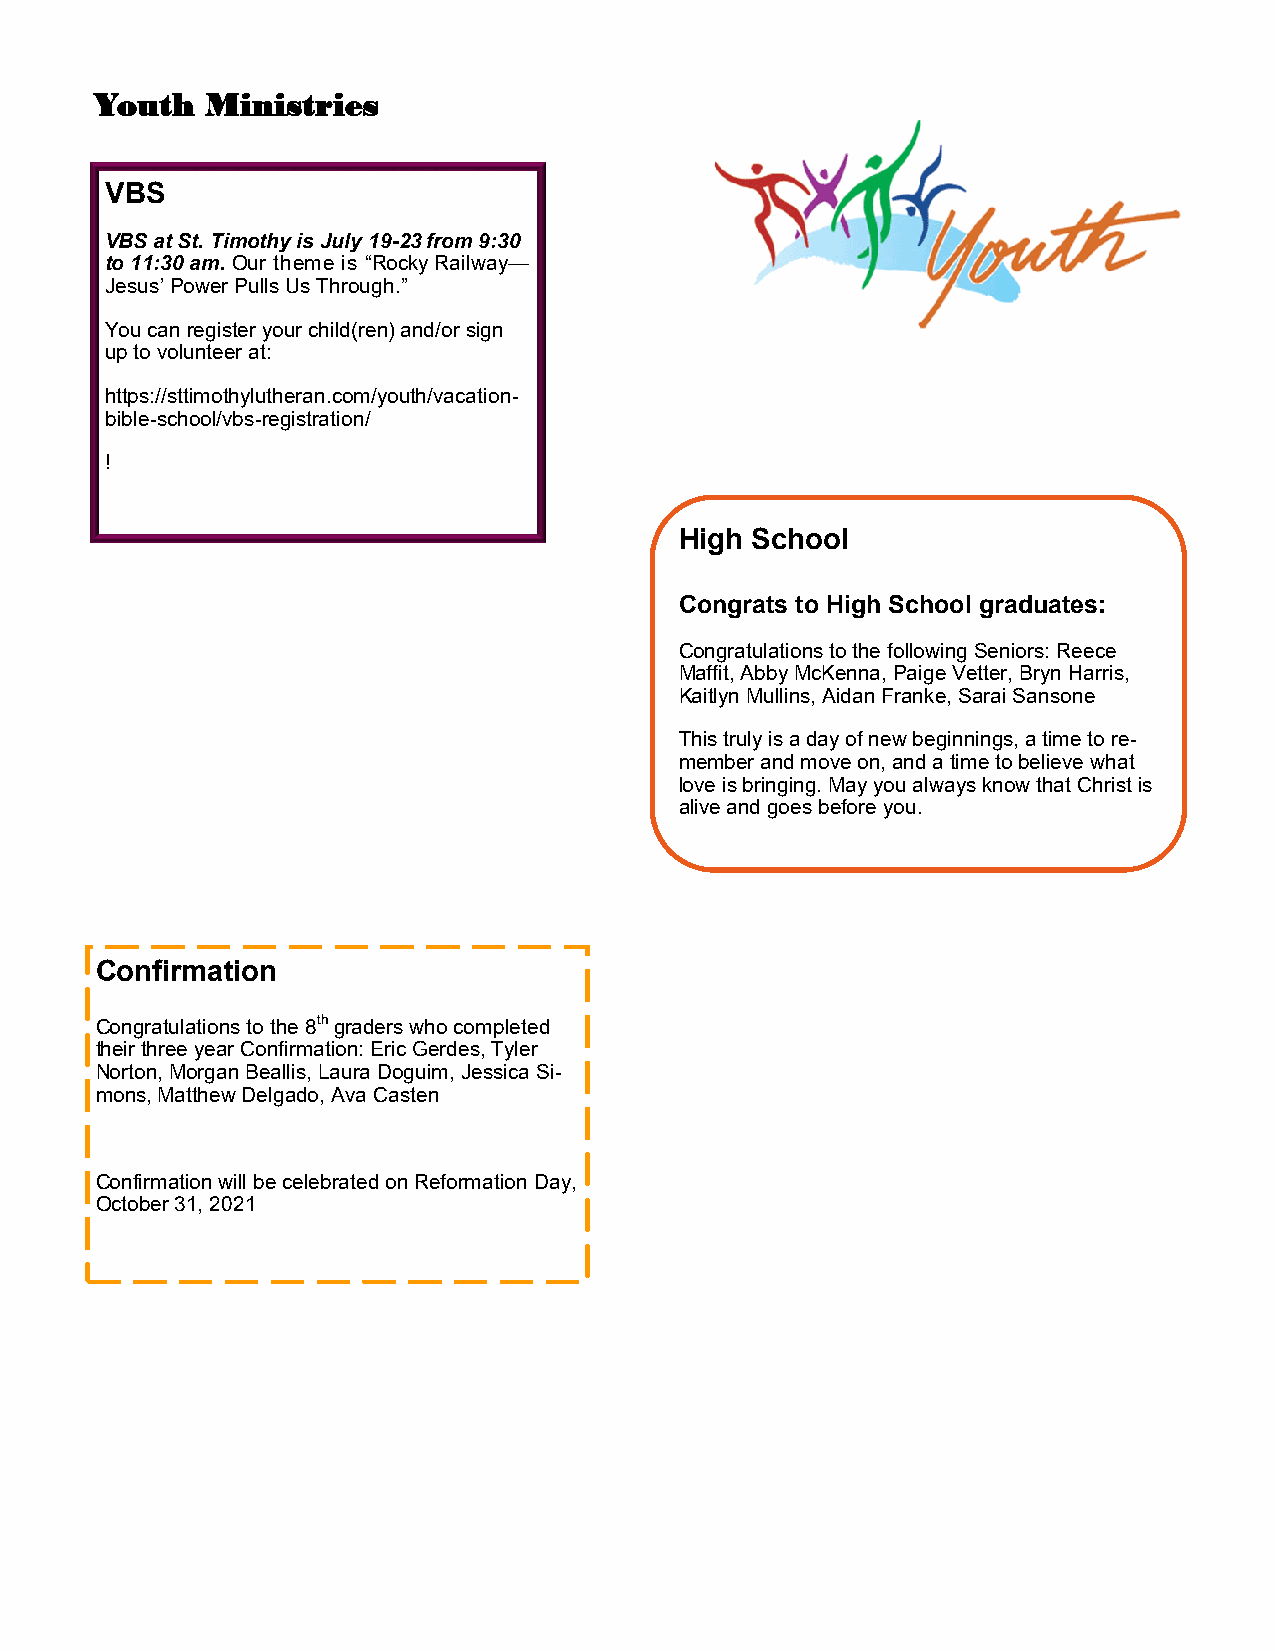
Youth   Ministries
 VBS
 VBS at St. Timothy is July 19-23 from 9:30
 to 11:30 am. Our theme is “Rocky Railway—
 Jesus’ Power Pulls Us Through.”
 You can register your child(ren) and/or sign
 up to volunteer at:
 https://sttimothylutheran.com/youth/vacation-
 bible-school/vbs-registration/
 !
 High School
 Congrats to High School graduates:
 Congratulations to the following Seniors: Reece
 Maffit, Abby McKenna, Paige Vetter, Bryn Harris,
 Kaitlyn Mullins, Aidan Franke, Sarai Sansone
 This truly is a day of new beginnings, a time to re-
 member and move on, and a time to believe what
 love is bringing. May you always know that Christ is
 alive and goes before you.
 Confirmation
 Congratulations to the 8th graders who completed
 their three year Confirmation: Eric Gerdes, Tyler
 Norton, Morgan Beallis, Laura Doguim, Jessica Si-
 mons, Matthew Delgado, Ava Casten
 Confirmation will be celebrated on Reformation Day,
 October 31, 2021